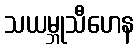
သယမ္ဘုသီဟေန